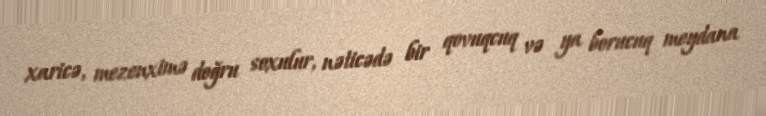
xaricə, mezenximə doğru soxulur, nəticədə bir qovuqcuq və ya borucuq meydana